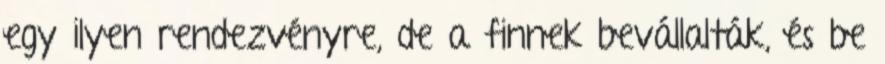
egy ilyen rendezvényre, de a finnek bevállalták, és be